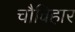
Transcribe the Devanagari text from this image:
चौविहार